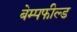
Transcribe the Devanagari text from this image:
बेम्पफील्ड